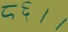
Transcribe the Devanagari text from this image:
८६।।